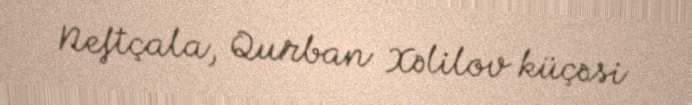
Neftçala, Qurban Xəlilov küçəsi